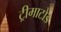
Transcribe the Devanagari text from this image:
ट्रीमाटोड